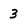
Character: 3